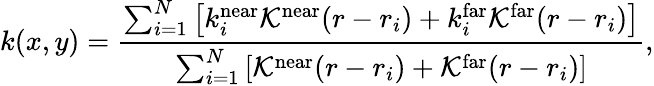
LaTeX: k(x,y)=\frac{\sum_{i=1}^{N}\left[k_{i}^{\mathrm{near}}\mathcal{K}^{\mathrm{near}}(r-r_{i})+k_{i}^{\mathrm{far}}\mathcal{K}^{\mathrm{far}}(r-r_{i})\right]}{\sum_{i=1}^{N}\left[\mathcal{K}^{\mathrm{near}}(r-r_{i})+\mathcal{K}^{\mathrm{far}}(r-r_{i})\right]},